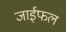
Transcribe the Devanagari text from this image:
जाईफल